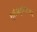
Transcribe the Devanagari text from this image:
ग्लैडस्टोनियन